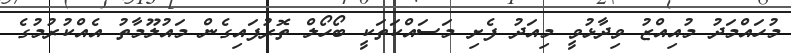
މުހައްމަދު މުއިއްޒު ވިދާޅުވީ މިއަދު ފެށި މަސައްކަތަކީ ބޯހޯލް ތޮރުފައިގެން މައުލޫމާތު އެއްކުރުމުގެ